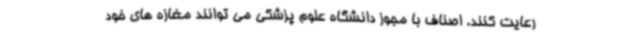
رعایت کنند. اصناف با مجوز دانشگاه علوم پزشکی می توانند مغازه های خود